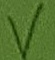
Text: V